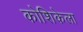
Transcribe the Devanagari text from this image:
कोशिकेला